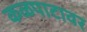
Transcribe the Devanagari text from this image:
कळपाटावर